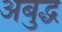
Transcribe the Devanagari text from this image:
अबुद्ध